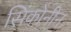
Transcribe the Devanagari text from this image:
सिंकोनीन